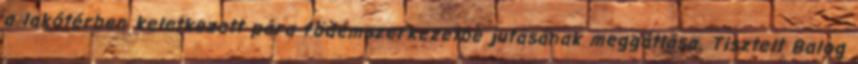
a lakótérben keletkezett pára födémszerkezetbe jutásának meggátlása. Tisztelt Balog